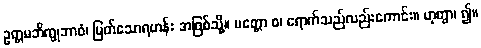
ဥတ္တမဘိက္ခုဘာဝံ၊ မြတ်သောရဟန်း အဖြစ်သို့။ ပတ္တော စ၊ ရောက်သည်လည်းကောင်း။ ဟုတွာ၊ ၍။